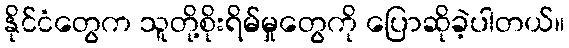
နိုင်ငံတွေက သူတို့စိုးရိမ်မှုတွေကို ပြောဆိုခဲ့ပါတယ်။